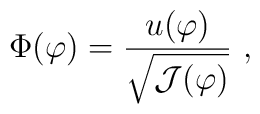
\Phi(\varphi) = \frac{u(\varphi)}{\sqrt{{\cal J}(\varphi)}} \ ,